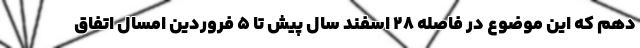
دهم که این موضوع در فاصله ۲۸ اسفند سال پیش تا ۵ فروردین امسال اتفاق